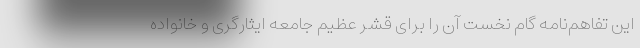
این تفاهم‌نامه گام نخست آن را برای قشر عظیم جامعه ایثارگری و خانواده